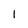
Character: 1